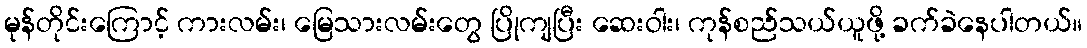
မုန်တိုင်းကြောင့် ကားလမ်း၊ မြေသားလမ်းတွေ ပြိုကျပြီး ဆေးဝါး၊ ကုန်စည်သယ်ယူဖို့ ခက်ခဲနေပါတယ်။